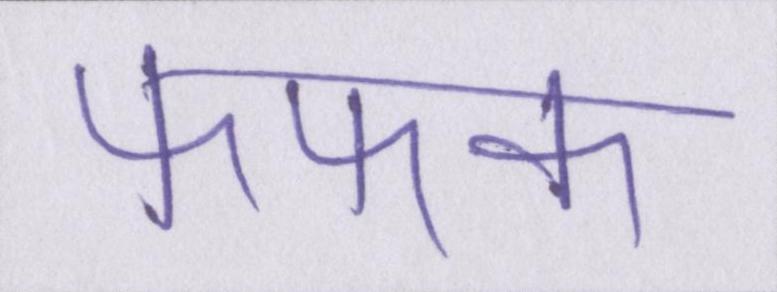
फफक